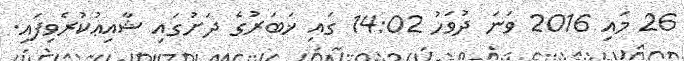
26 މައި 2016 ވަނަ ދުވަހު 14:02 ގައި ޚަބަރުގެ ދަށުގައި ޝާއިޢުކުރެވިފައި.